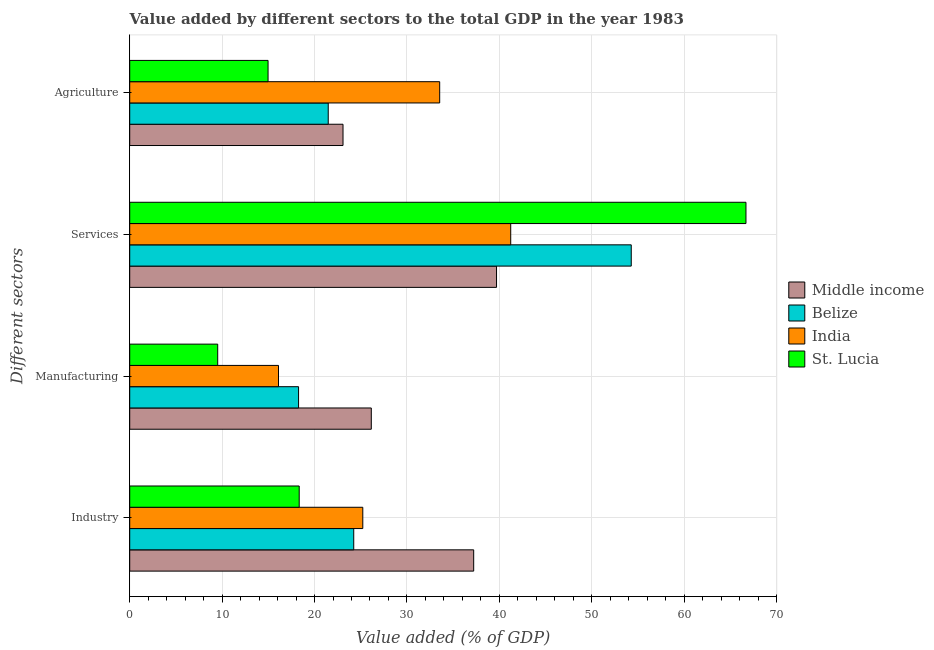
| Different sectors | Middle income | Belize | India | St. Lucia |
 | --- | --- | --- | --- | --- |
 | Industry | 37.2 | 24.2 | 25.2 | 18.3 |
 | Manufacturing | 26.1 | 18.3 | 16.1 | 9.52 |
 | Services | 39.7 | 54.3 | 41.2 | 66.7 |
 | Agriculture | 23.1 | 21.5 | 33.5 | 15 |